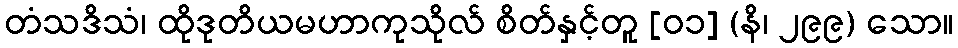
တံသဒိသံ၊ ထိုဒုတိယမဟာကုသိုလ် စိတ်နှင့်တူ [၀၁] (နိ၊ ၂၉၉) သော။